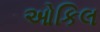
ઓકિલ